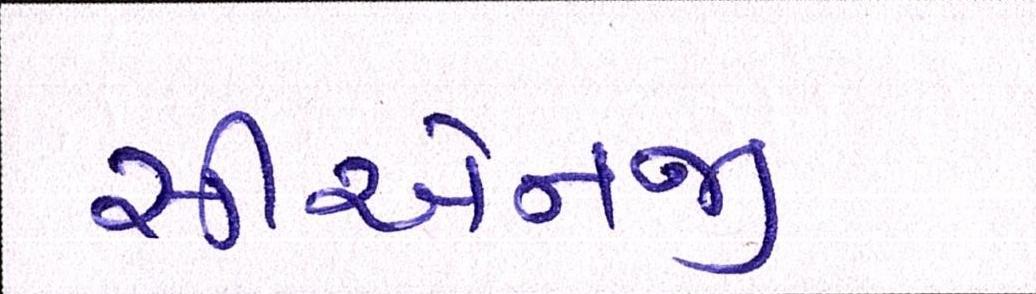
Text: સીએનજી